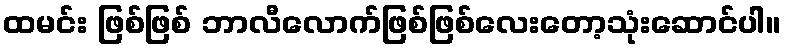
ထမင်း ဖြစ်ဖြစ် ဘာလီလောက်ဖြစ်ဖြစ်လေးတော့သုံးဆောင်ပါ။